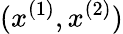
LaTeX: (x^{(1)},x^{(2)})